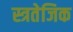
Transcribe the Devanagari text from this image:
स्त्रतेजिक